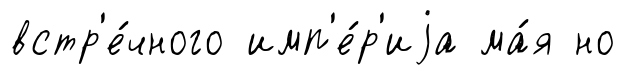
встр'е́чного имп'е́р'иjа ма́я но